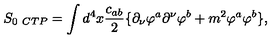
S _ { 0 \ C T P } = \int d ^ { 4 } x \frac { c _ { a b } } { 2 } \{ \partial _ { \nu } \varphi ^ { a } \partial ^ { \nu } \varphi ^ { b } + m ^ { 2 } \varphi ^ { a } \varphi ^ { b } \} ,